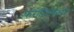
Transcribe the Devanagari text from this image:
फरोसिलिकॉन